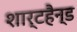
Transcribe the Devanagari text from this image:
शार्टहैन्ड